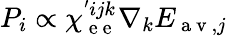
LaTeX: P_{i}\propto\chi_{\mathrm{~e~e~}}^{'ijk}\nabla_{k}E_{\mathrm{~a~v~},j}